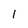
Character: 1